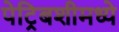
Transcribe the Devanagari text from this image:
पेट्रिबशीमध्ये